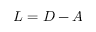
L = D - A